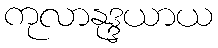
ကုလာနုဒ္ဒယာယ